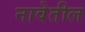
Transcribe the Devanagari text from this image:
नावेतील